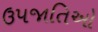
ઉપજાતિઓ